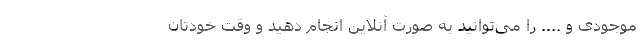
موجودی و .... را می‌توانید به صورت آنلاین انجام دهید و وقت‌ خودتان